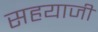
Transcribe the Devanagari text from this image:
सहयाजी